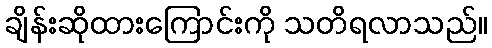
ချိန်းဆိုထားကြောင်းကို သတိရလာသည်။